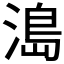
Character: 𰜬